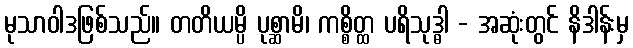
မုသာဝါဒဖြစ်သည်။ တတိယမ္ပိ ပုစ္ဆာမိ၊ ကစ္စိတ္ထ ပရိသုဒ္ဓါ - အဆုံးတွင် နိဒါန်းမှ